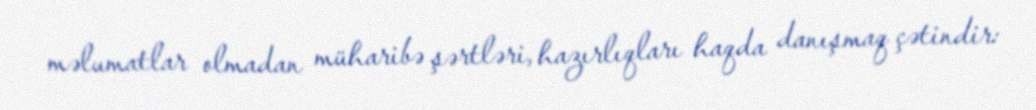
məlumatlar olmadan müharibə şərtləri, hazırlıqları haqda danışmaq çətindir: